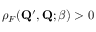
\rho _ { F } ( \mathbf { Q } ^ { \prime } , \mathbf { Q } ; \beta ) > 0